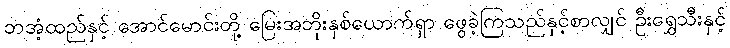
ဘအံ့ထည်နှင့် အောင်မောင်းတို့ မြေးအဘိုးနှစ်ယောက်ရှာ ဖွေခဲ့ကြသည်နှင့်စာလျှင် ဦးရွှေသီးနှင့်